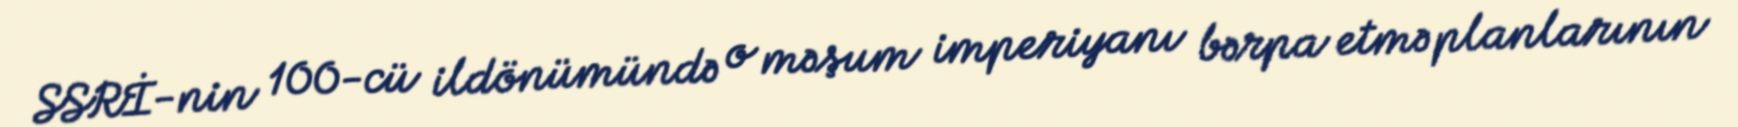
SSRİ-nin 100-cü ildönümündə o məşum imperiyanı bərpa etmə planlarının